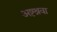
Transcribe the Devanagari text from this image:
अष्टश्रवा